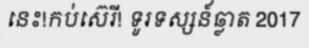
នេះ!កប់ស៊េរី! ទូរទស្សន៍ឆ្លាត 2017